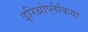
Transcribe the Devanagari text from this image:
इरिथ्रोप्लेकिया